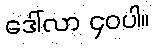
ဒေါ်လာ ၄၀ပါ။